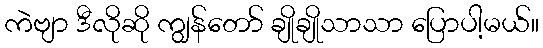
ကဲဗျာ ဒီလိုဆို ကျွန်တော် ချိုချိုသာသာ ပြောပါ့မယ်။